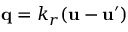
\boldsymbol { \mathbf { q } } = k _ { r } ( \boldsymbol { \mathbf { u } } - \boldsymbol { \mathbf { u } } ^ { \prime } )